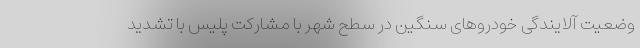
وضعیت آلایندگی خودروهای سنگین در سطح شهر با مشارکت پلیس با تشدید